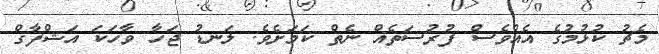
މެޗު ކުޅުމުގެ އެއްވެސް ފުރުސަތެއް ނެތް ކަމަށެވެ. ލަނޑު ޖަހާ ވާހަކަ އަޝްފާގް